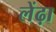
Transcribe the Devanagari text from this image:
लेंढ़ा